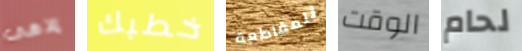
إلاهى خطبك للمقاطعة الوقت لحام